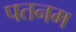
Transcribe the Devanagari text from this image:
पतनम